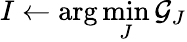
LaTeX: I\leftarrow\arg\operatorname*{min}_{J}\mathcal{G}_{J}